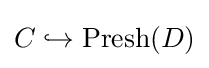
C\hookrightarrow \operatorname {Presh} (D)